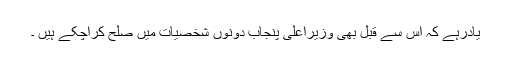
یادرہے کہ اس سے قبل بھی وزیراعلیٰ پنجاب دونوں شخصیات میں صلح کراچکے ہیں ۔